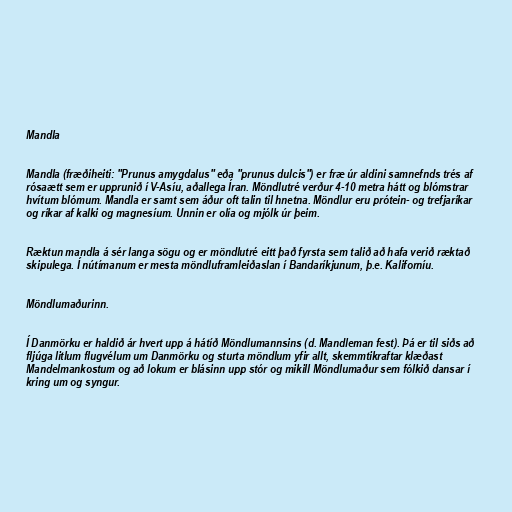
Mandla

Mandla (fræðiheiti: "Prunus amygdalus" eða "prunus dulcis") er fræ úr aldini samnefnds trés af
rósaætt sem er upprunið í V-Asíu, aðallega Íran. Möndlutré verður 4-10 metra hátt og blómstrar
hvítum blómum. Mandla er samt sem áður oft talin til hnetna. Möndlur eru prótein- og trefjaríkar
og ríkar af kalki og magnesíum. Unnin er olía og mjólk úr þeim.

Ræktun mandla á sér langa sögu og er möndlutré eitt það fyrsta sem talið að hafa verið ræktað
skipulega. Í nútímanum er mesta möndluframleiðaslan í Bandaríkjunum, þ.e. Kaliforníu.

Möndlumaðurinn.

Í Danmörku er haldið ár hvert upp á hátíð Möndlumannsins (d. Mandleman fest). Þá er til siðs að
fljúga litlum flugvélum um Danmörku og sturta möndlum yfir allt, skemmtikraftar klæðast
Mandelmankostum og að lokum er blásinn upp stór og mikill Möndlumaður sem fólkið dansar í
kring um og syngur.